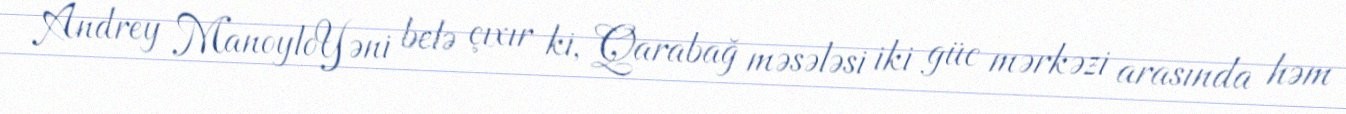
Andrey ManoyloYəni belə çıxır ki, Qarabağ məsələsi iki güc mərkəzi arasında həm